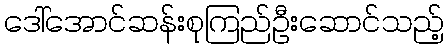
ဒေါ်အောင်ဆန်းစုကြည်ဦးဆောင်သည့်